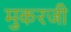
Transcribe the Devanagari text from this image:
मुकरजी